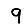
Digit: 9